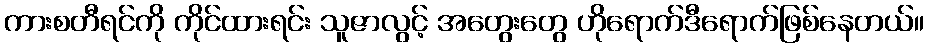
ကားစတီရင်ကို ကိုင်ထားရင်း သူဇာလွင့် အတွေးတွေ ဟိုရောက်ဒီရောက်ဖြစ်နေတယ်။